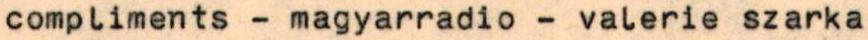
compliments - magyarradio - valerie szarka